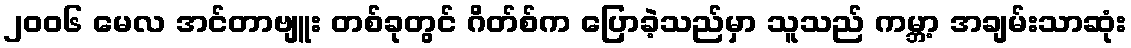
၂၀၀၆ မေလ အင်တာဗျူး တစ်ခုတွင် ဂိတ်စ်က ပြောခဲ့သည်မှာ သူသည် ကမ္ဘာ့ အချမ်းသာဆုံး